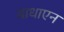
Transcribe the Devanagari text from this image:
बाधाएन